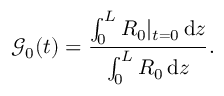
\mathcal { G } _ { 0 } ( t ) = \frac { \int _ { 0 } ^ { L } R _ { 0 } | _ { t = 0 } \, \mathrm { d } z } { \int _ { 0 } ^ { L } R _ { 0 } \, \mathrm { d } z } .